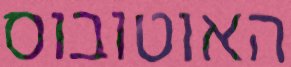
האוטובוס